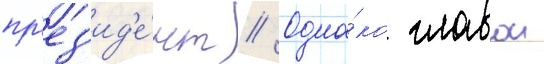
пр'ез'ид'е́нт // Одна́ко главои